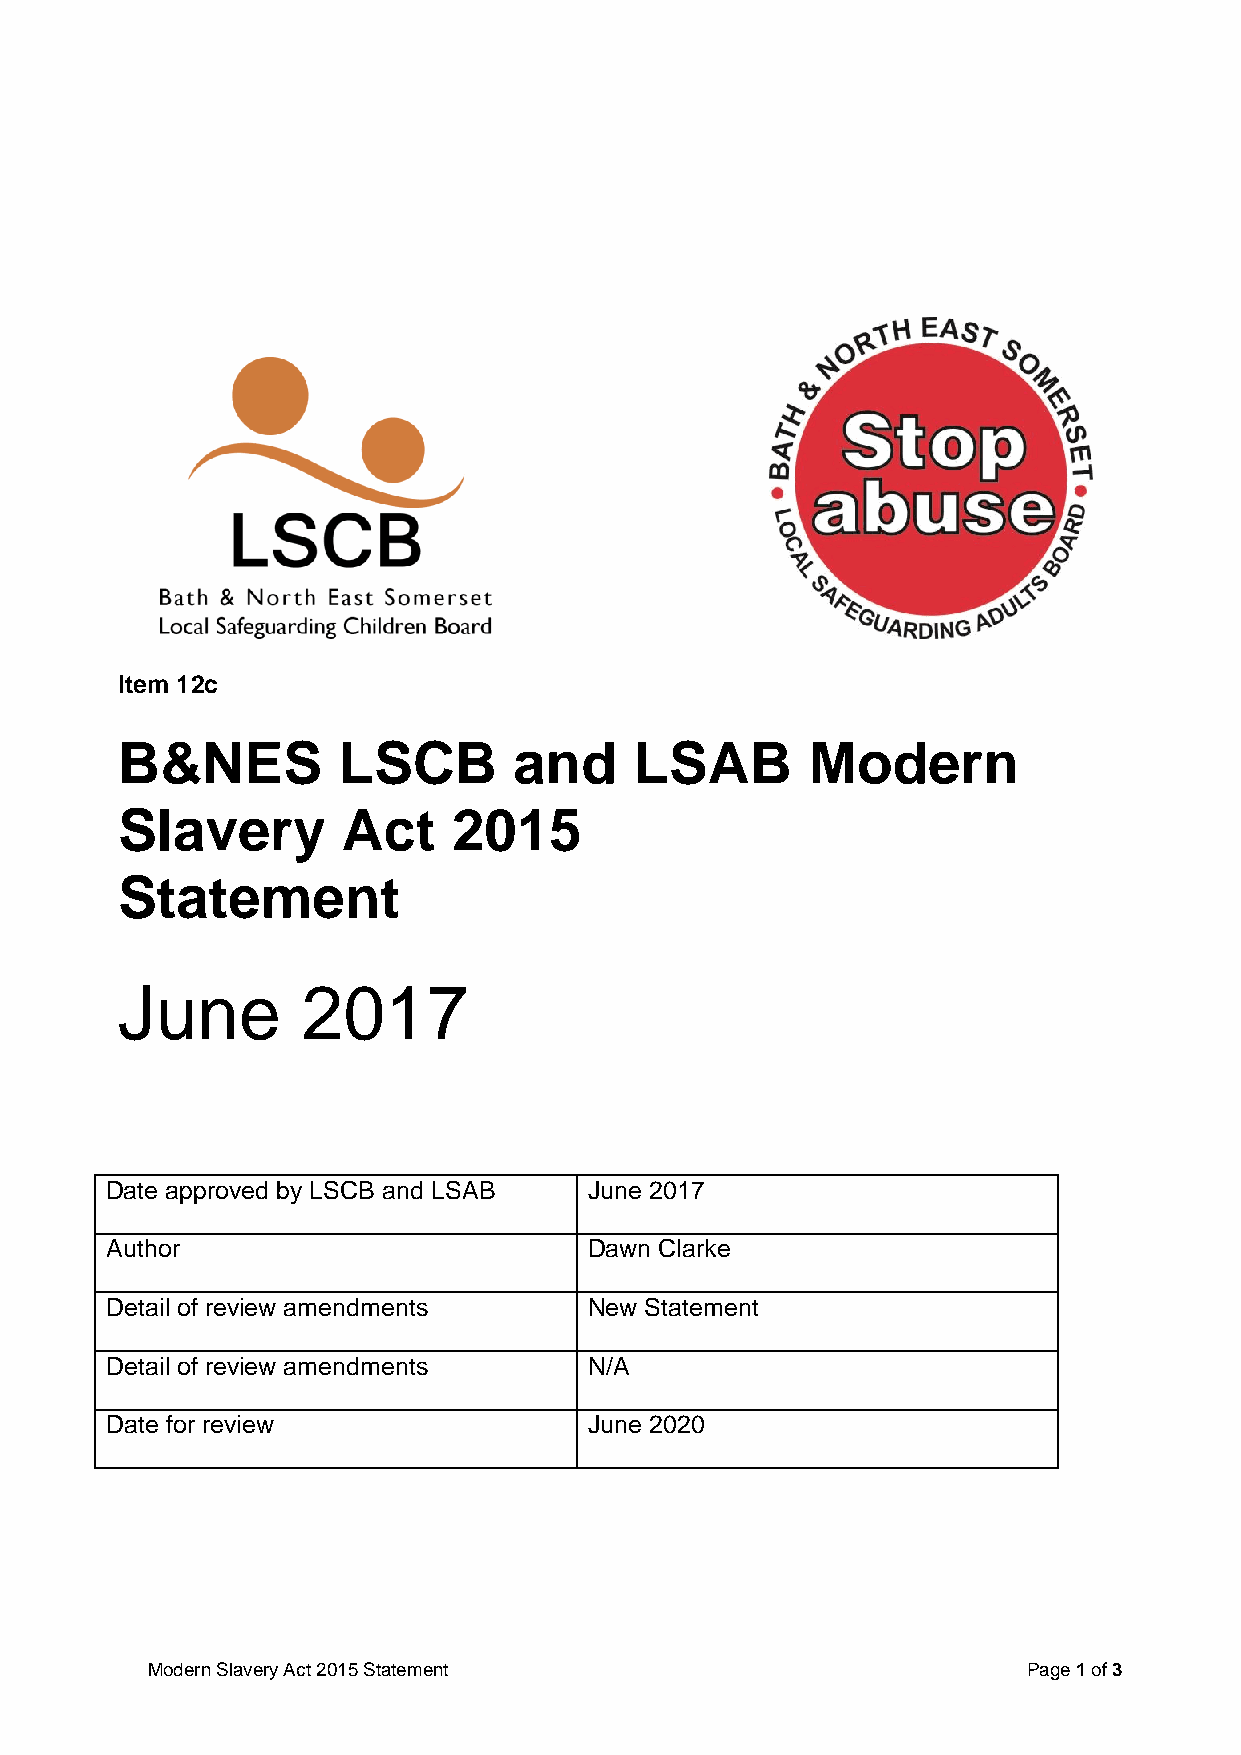
Item 12c
 B&NES         LSCB        and     LSAB        Modern
 Slavery        Act    2015
 Statement
 June        2017
 Date approved by LSCB and LSAB  June 2017
 Author                          Dawn Clarke
 Detail of review amendments     New Statement
 Detail of review amendments     N/A
 Date for review                 June 2020
 Modern Slavery Act 2015 Statement                         Page 1 of 3